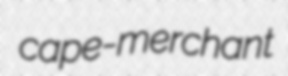
cape-merchant